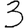
Digit: 3